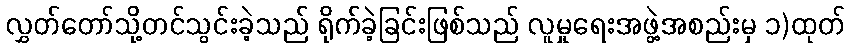
လွှတ်တော်သို့တင်သွင်းခဲ့သည် ရိုက်ခဲ့ခြင်းဖြစ်သည် လူမှုရေးအဖွဲ့အစည်းမှ ၁)ထုတ်